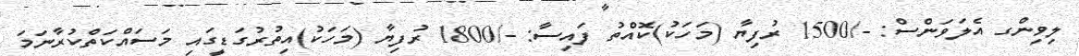
ލިވިންގ އެލަވަންސް: -/1500 ރުފިޔާ (މަހަކު)ކޮއްތު ފައިސާ: -/1800 ރުފިޔާ (މަހަކު)އިތުރުގަޑީގައި މަސައްކަތްކުރާނަމަ